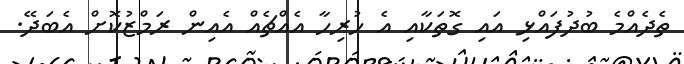
ތެދެއްމެ ބުދުފައްޅި އައި ގޮތަކާއި އެ ހުރިހާ އެއްޗެއް އެއިން ރަމްޒުކޮށް އެބަދޭ.